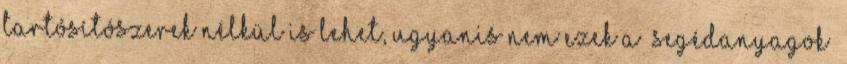
tartósítószerek nélkül is lehet, ugyanis nem ezek a „segédanyagok”